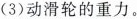
(3)动滑轮的重力。